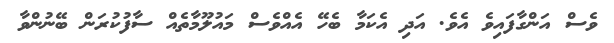
ވެސް އަންގާފައިވެ އެވެ. އަދި އެކަމާ ބެހޭ އެއްވެސް މައުލޫމާތެއް ސާފުކުރަން ބޭނުންވާ